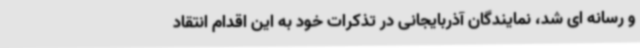
و رسانه ای شد، نمایندگان آذربایجانی در تذکرات خود به این اقدام انتقاد